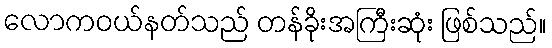
လောကဝယ်နတ်သည် တန်ခိုးအကြီးဆုံး ဖြစ်သည်။